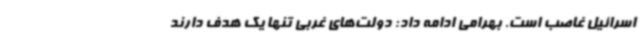
اسرائیل غاصب است. بهرامی ادامه داد: دولت‌های غربی تنها یک هدف دارند